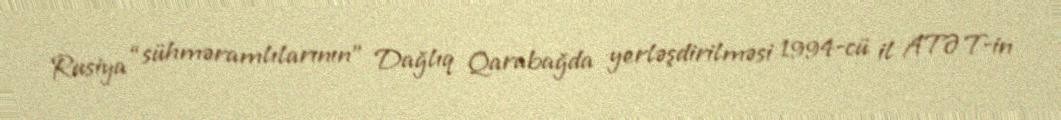
Rusiya “sühməramlılarının” Dağlıq Qarabağda yerləşdirilməsi 1994-cü il ATƏT-in